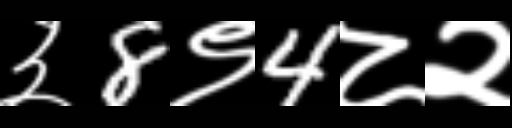
Text: ३8९4८२